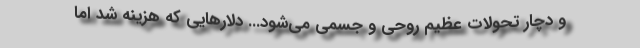
و دچار تحولات عظیم روحی و جسمی می‌شود... دلارهایی که هزینه شد اما